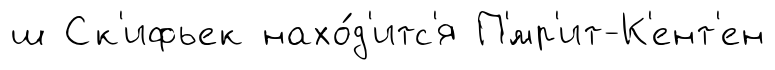
ш Ск'ифьек нахо́д'итс'я П'́мр'ит-К'ент'ен